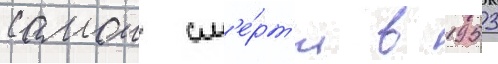
самои см'е́рт'и в 1953